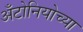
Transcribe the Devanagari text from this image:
अँटोनियोच्या